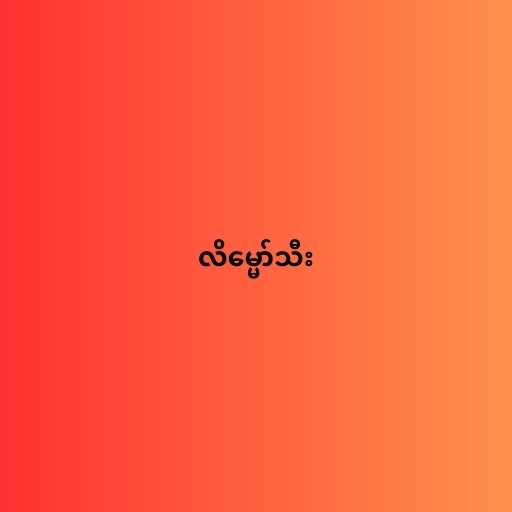
လိမ္မော်သီး